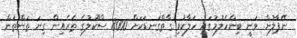
ނޭޕާލުން ވަނީ ބިންހެލުމުގައި ހަލާކުވި ގާތްގަނޑަކަށް 8000 ސްކޫލުގެ ތެރެއިން ގިނަ ތަންތަން